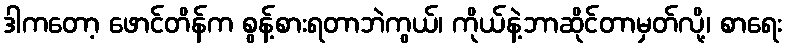
ဒါကတော့ ဖောင်တိန်က စွန့်စားရတာဘဲကွယ်၊ ကိုယ်နဲ့ဘာဆိုင်တာမှတ်လို့၊ စာရေး